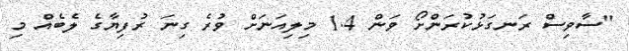
"ސާވިސް ރަނގަޅުކުރަންށޯ ވަން 1.4 މިލިއަނަށް ވުރެ ގިނަ ރުފިޔާގެ ލެބެއް މި